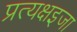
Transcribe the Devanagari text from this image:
प्रत्यक्षइजा